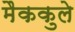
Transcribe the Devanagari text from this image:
मैककुले